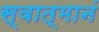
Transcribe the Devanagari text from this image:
स्वात्मानं